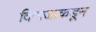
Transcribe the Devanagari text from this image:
दिग्गजाकडून